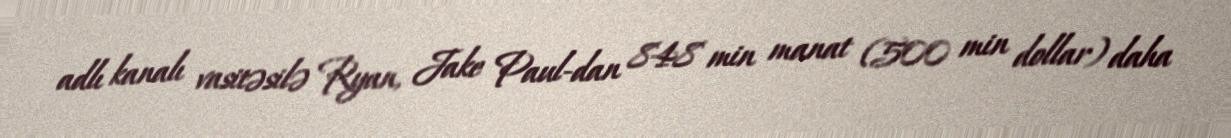
adlı kanalı vasitəsilə Ryan, Jake Paul-dan 848 min manat (500 min dollar) daha